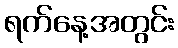
ရက်နေ့အတွင်း